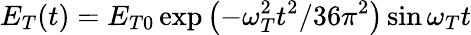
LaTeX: E_{T}(t)=E_{T0}\exp\left(-\omega_{T}^{2}t^{2}/36\pi^{2}\right)\sin\omega_{T}t